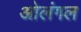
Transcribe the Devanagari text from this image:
ओलंगल